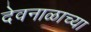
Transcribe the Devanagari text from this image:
देवनाळाच्या